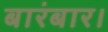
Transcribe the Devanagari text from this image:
बारंबार।